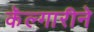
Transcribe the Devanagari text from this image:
कॅल्गारीने